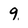
Character: 9